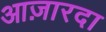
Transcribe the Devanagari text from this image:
आज़ारदा